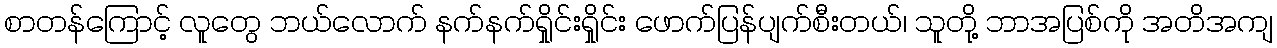
စာတန်ကြောင့် လူတွေ ဘယ်လောက် နက်နက်ရှိုင်းရှိုင်း ဖောက်ပြန်ပျက်စီးတယ်၊ သူတို့ ဘာအပြစ်ကို အတိအကျ